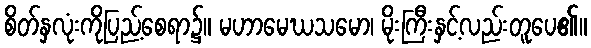
စိတ်နှလုံးကိုပြည့်စေရာ၌။ မဟာမေဃသမော၊ မိုးကြီးနှင့်လည်းတူပေ၏။